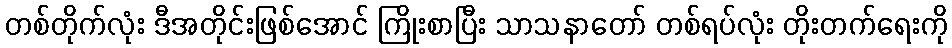
တစ်တိုက်လုံး ဒီအတိုင်းဖြစ်အောင် ကြိုးစာပြီး သာသနာတော် တစ်ရပ်လုံး တိုးတက်ရေးကို